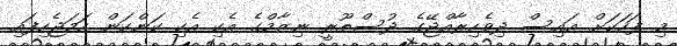
މި ފަހަކަށް އައިސް ދިވެހިރާއްޖޭގެ ދުސްތޫރީ ނިޒާމްގެ އެކި އެކި ކަންކަން ހަމަޖެހިފައި